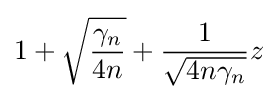
1+{\sqrt {\frac {\gamma _{n}}{4n}}}+{\frac {1}{\sqrt {4n\gamma _{n}}}}z